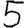
Digit: 5